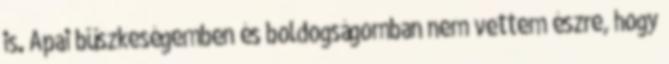
is. Apai büszkeségemben és boldogságomban nem vettem észre, hogy